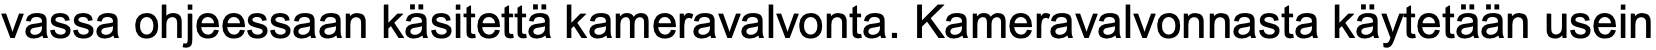
vassa ohjeessaan käsitettä kameravalvonta. Kameravalvonnasta käytetään usein